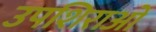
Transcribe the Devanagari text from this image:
उपशिराओं